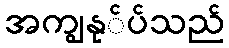
အကျွနု်ပ်သည်